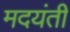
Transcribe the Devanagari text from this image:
मदयंती